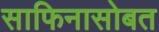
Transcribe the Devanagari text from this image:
साफिनासोबत